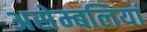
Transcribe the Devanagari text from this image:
असेम्बलियां